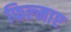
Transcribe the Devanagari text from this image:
फिल्‍माए